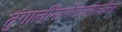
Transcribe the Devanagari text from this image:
तुंगार्लीमार्गेराजमाचीला